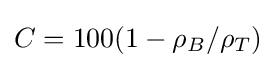
C=100(1-\rho _{B}/\rho _{T})